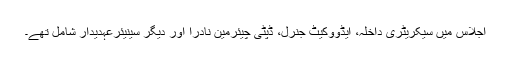
اجلاس میں سیکریٹری داخلہ، ایڈووکیٹ جنرل، ڈپٹی چیئرمین نادرا اور دیگر سینیئرعہدیدار شامل تھے۔